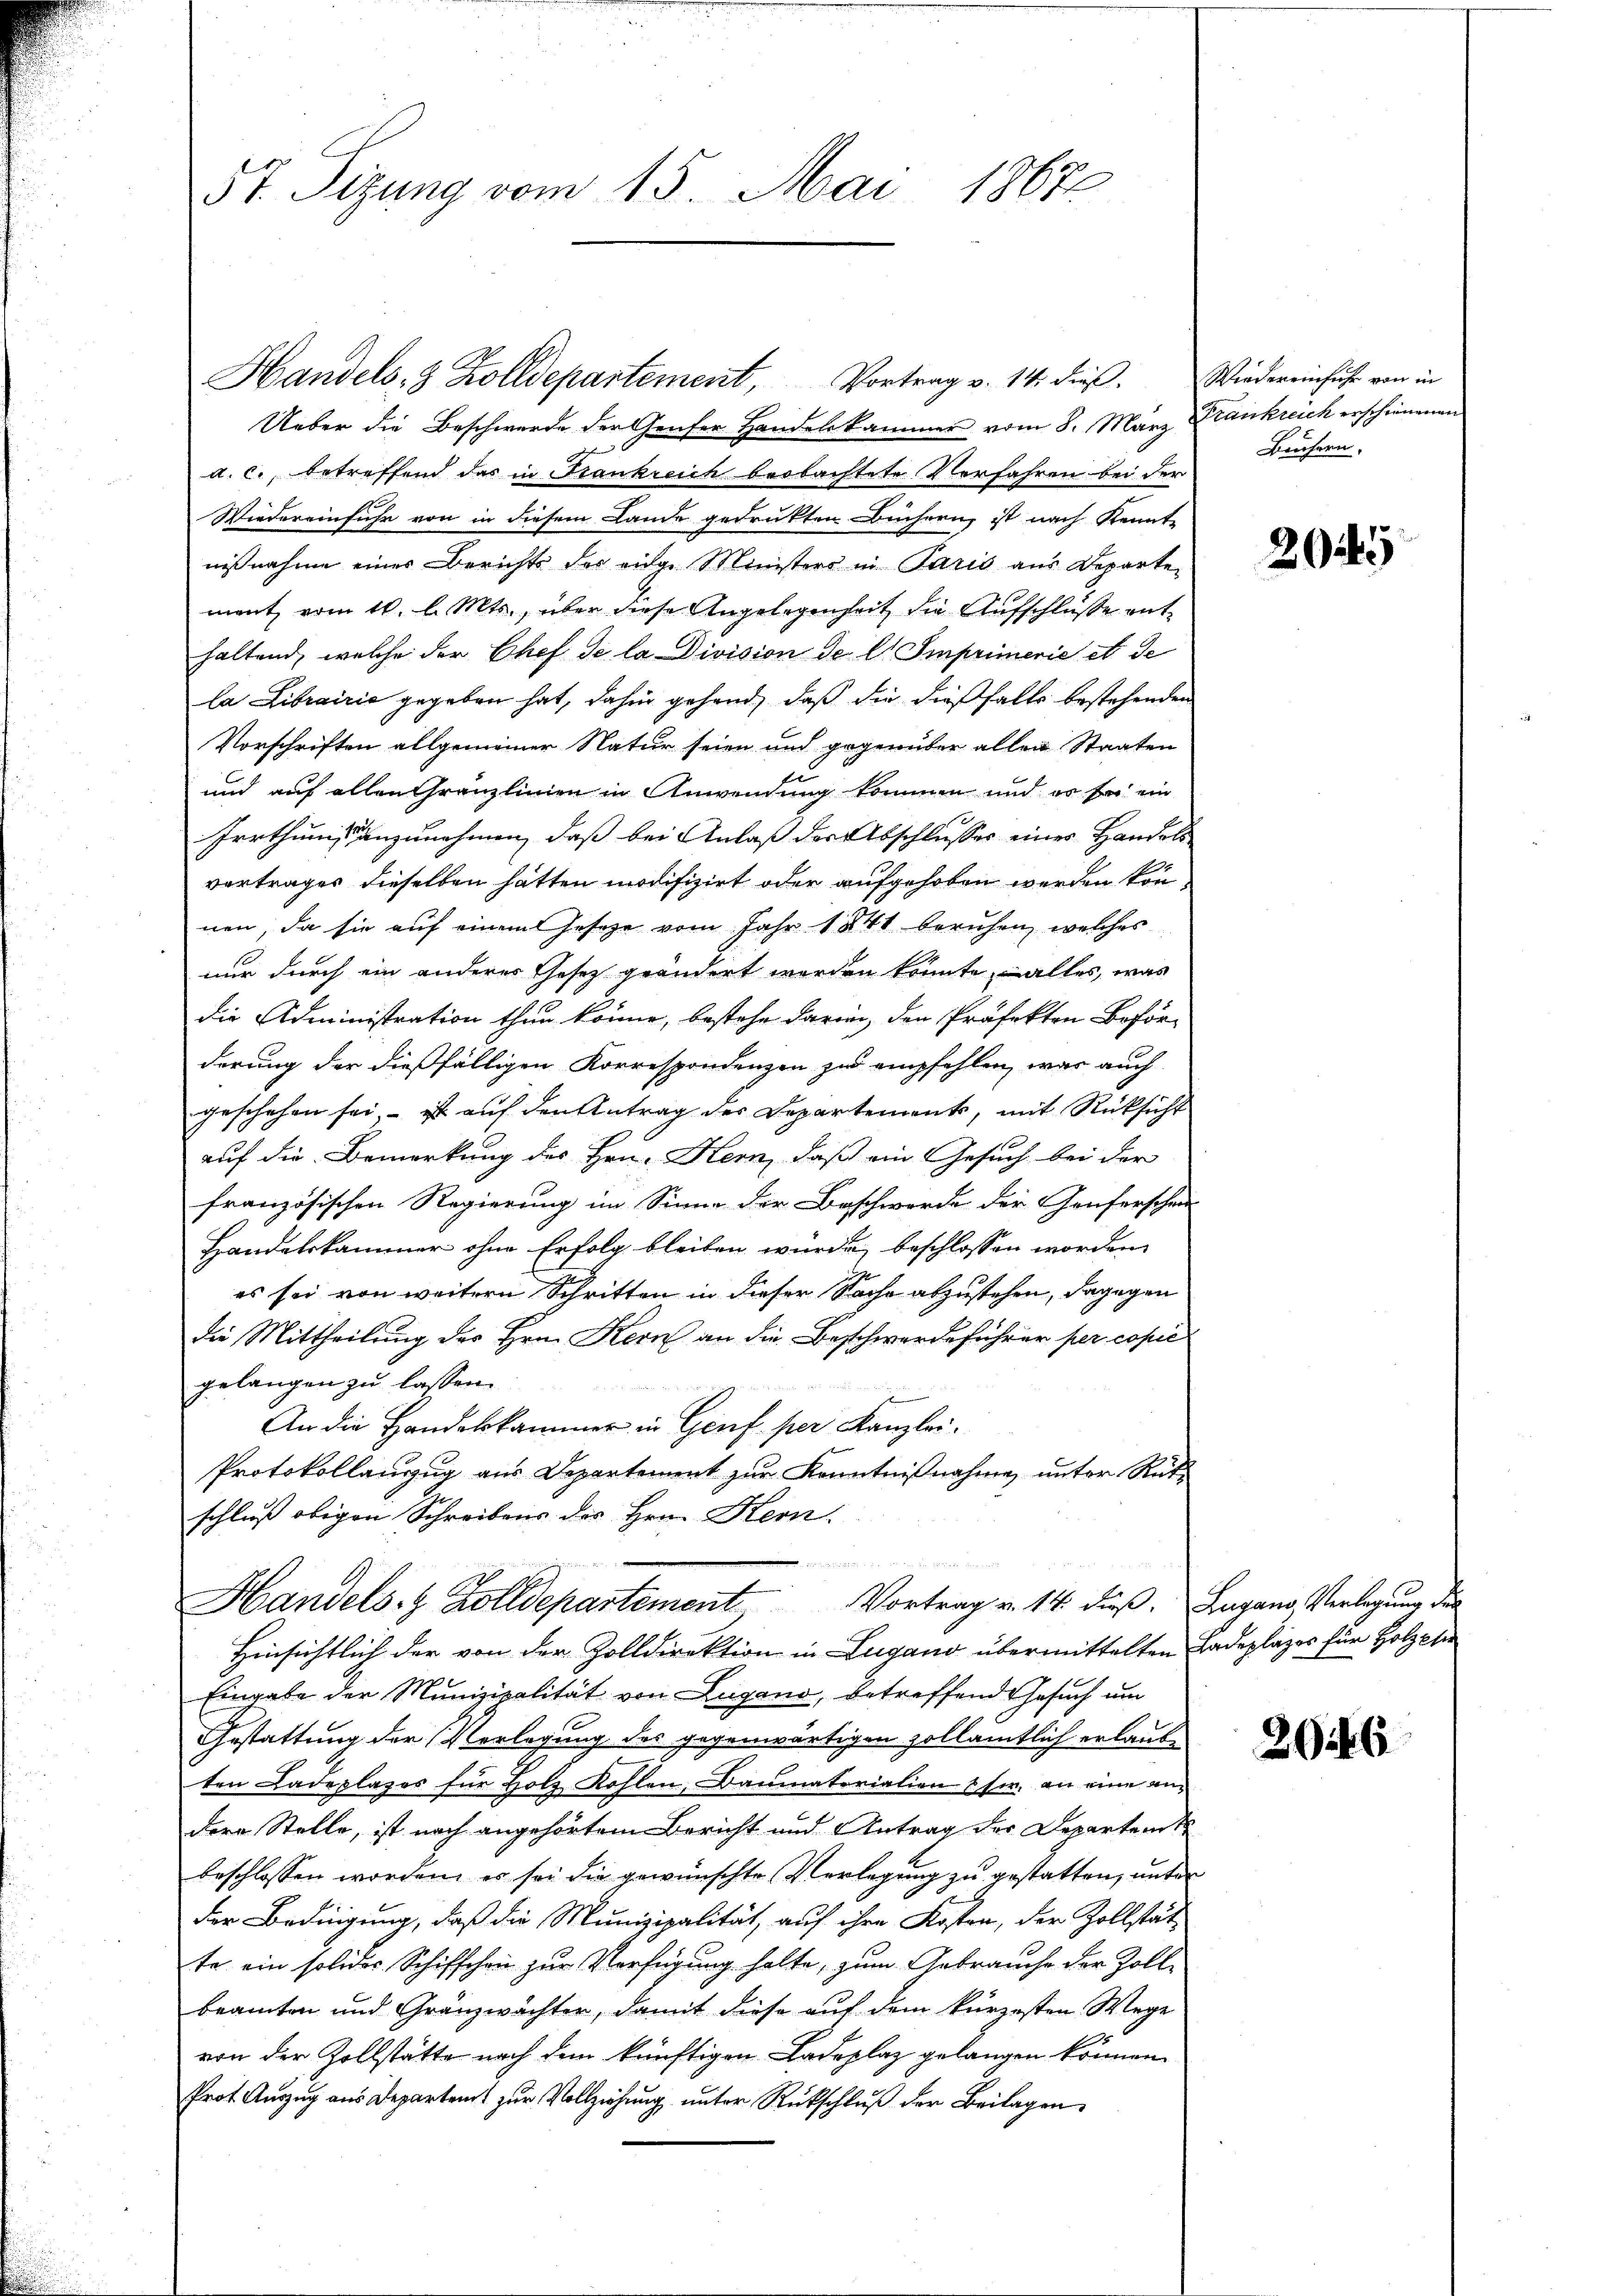
57. Sizung vom 15. Mai 18672

Handels 8 Zolldepartement, Vortrag v. 14. dieß
Ueber die Beschwerde der Genfer Handelskammer vom 8. März Krankreich erschienenen
a. c., betreffend das in Frankreich beobachtete Verfahren bei der
Wiedereinfuhr von in diesem Lande gedrukten Buchen, ist nach Kennt
nisnahme einer Bericht der eige Ministers in Paris aus Departe
ment vom 10. l. Mts., über diese Angelegenheit die Aufschluße ent
haltend, welche der Chef de la Division de lt. Emprimerie et de
la Librairis gegeben hat, dahin gehend, daß die dießfalls bestehenden
Vorschriften allgemeiner Natur seien und gegenüber allen Staaten
und auf allen Granzlinien in Anwendung kommen und es sei ein
Irrthums anzunehmen, daß bei Anlaß der Abschlusses eines Handels
vertrages dieselben hätten modifizirt oder aufgehoben werden können, da sie auf einem Geseze vom Jahr 1841 beruhen, welches
nur durch ein anderer Gesetz geändert werden könnte, alles, was
die Administration thun könne, bestehe darin, den Präfekten Beförderung der dießfälligen Korrespondenzen zu empfehlen, was auch
geschehen sei, ist aŭf den Antrag der Departement, mit Rücksicht
auf die Bemerkung des Hrn. Hern, daß ein Gesuch bei der
französischen Regierung im Sinne der Beschwerde der Genferschen
Handelskammer ohne Erfolg bleiben würde beschlossen worden.
es sei von weitern Schritten in dieser Sache abzustehen, dagegen
die Mittheilung des Hrn. Kern an die Beschwerdeführer per copie
gelangen zu lassen.
An die Handelskammer in Genf. per Kanzlei.
Protokollanzug aus Departement zur Kenntnißnahme, unter Rütschluß obigen Schreibens des Hrn. Hern.
  in der
Vortrag v. 14. dieß. Zugano Verlegung der
Handels- & Zolldepartement
Hinsichtlich der von der Zolldirektion in Lugano übermittelten Badeplazes für Holzplie
Eingabe der Munizipalität von Lugano, betreffend Gesuch um
Gestattung der Verlegung des gegenwärtigen zollamtlich erlaub-
ten Ladeplazos für Holz Kohlen, Baumatorialien & Fr. an eine andere Stelle, ist noch angehörtem Bericht und Antrag der Departeme
beschlossen worden, es sei die gewünschte Verlegung zu gestatten, unter
der Bedingung, daß die Munizipalität, auf ihre Kosten, der Zollstätte ein solidos Schiffschen zur Verfügung halte, zum Gebrauche der Zollbeamten und Gränzwachter, damit diese auf dem kürzesten Wege
von der Zollstätte nach dem künftigen Ladeplaz gelangen können.
Prot. Auszug aus Departamt zur Vollziehung unter Rückschluß der Beilagen

Wiedereinfuhr von in
Büchern.

2045

2046